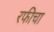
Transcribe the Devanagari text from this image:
रफीचा